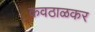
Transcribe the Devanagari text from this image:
कवठाळकर